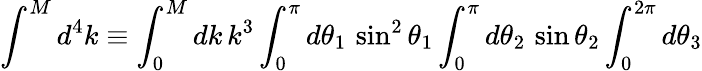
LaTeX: \int^{M}d^{4}k\equiv\int_{0}^{M}dk\, k^{3}\int_{0}^{\pi}d\theta_{1}\, \sin^{2}\theta_{1}\int_{0}^{\pi}d\theta_{2}\, \sin\theta_{2}\int_{0}^{2\pi}d\theta_{3}